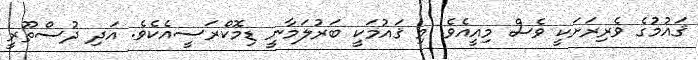
ޤައުމުގެ ވެރިރަށަކީ ވެސް މިއީއެވެ. މި ޤައުމަކީ ބަރުލަމާނީ ޑިމޮކްރަސީއެކެވެ. އަދި ދުސްތޫރީ